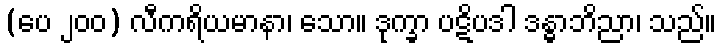
(ပေ ၂၀၀) လီကရိယမာနာ၊ သော။ ဒုက္ခာ ပဋိပဒါ ဒန္ဓာဘိညာ၊ သည်။